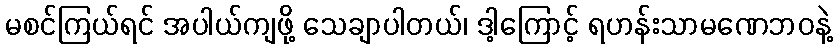
မစင်ကြယ်ရင် အပါယ်ကျဖို့ သေချာပါတယ်၊ ဒါ့ကြောင့် ရဟန်းသာမဏေဘဝနဲ့